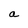
Character: a